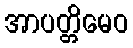
အာပတ္တိမေဝ